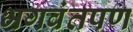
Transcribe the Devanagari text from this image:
भगवंतपण